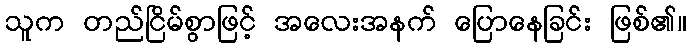
သူက တည်ငြိမ်စွာဖြင့် အလေးအနက် ပြောနေခြင်း ဖြစ်၏။